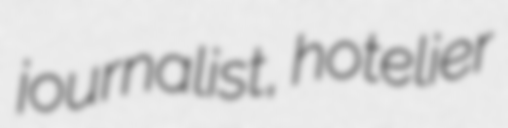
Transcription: journalist, hotelier